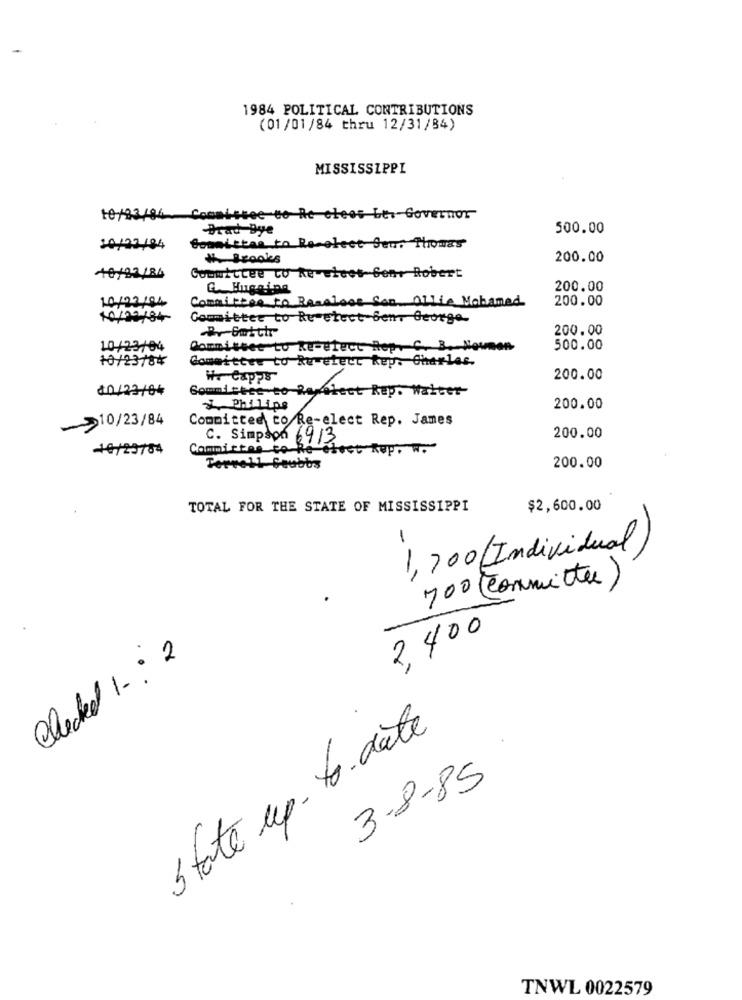
1984 POLITICAL CONTRIBUTIONS
(01/01/84 thru 12/31/84)
MISSISSIPPI
10/03/84 Committee to Re Gleos Lt. Governor
Brad Bye
500.00
10/22/84
Sommitte to Recolect Sen. Thomas
200.00
+0/22 /84
Committee to Re-Etcet- Gen+ Robert
G. Hugging
200.00
10/22194
Committee to Regalose Son Ollie Mohamed
200.00
10/22/84-
Committee to Re-etect Ben, George
200.00
10/23/04
Commisset to Ke-elect Rep. C. B. Noumen
500.00
10/23/84
Committee to Ruvetett kup. Charles.
W. Capps
200.00
₫0/23/04
Sommi teee-to Reflect Rep. Walter-
Philips
200.00
->10/23/84
Committee to Re-elect Rep. James
C. Simpson 69/3
200.00
10/23754
Committee to Re elect Rep.
Terrell Seubbs
200.00
TOTAL FOR THE STATE OF MISSISSIPPI
$2,600.00
-
1,700 (Individual)
700 (Committee)
2,400
Checked 1- 2
state up-to-date
3-8-85
TNWL 0022579